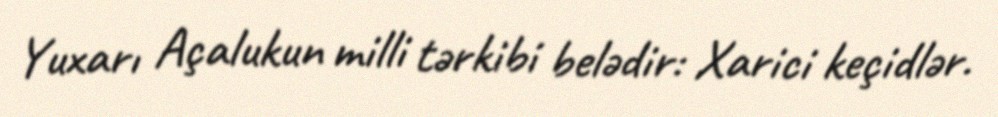
Yuxarı Açalukun milli tərkibi belədir: Xarici keçidlər.